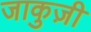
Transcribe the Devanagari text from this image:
जाकुज़ी